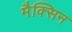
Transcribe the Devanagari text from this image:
मैक्सिन